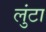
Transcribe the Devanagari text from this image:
लुंटा